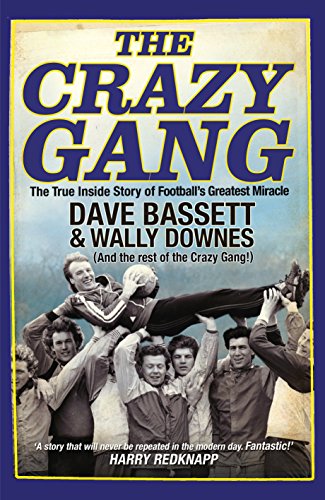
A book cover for The Crazy Gang; Dave Bassett; Biographies & Memoirs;